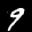
Label: 9